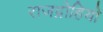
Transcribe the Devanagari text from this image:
राजद्रोहियो